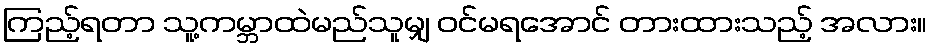
ကြည့်ရတာ သူ့ကမ္ဘာထဲမည်သူမျှ ဝင်မရအောင် တားထားသည့် အလား။